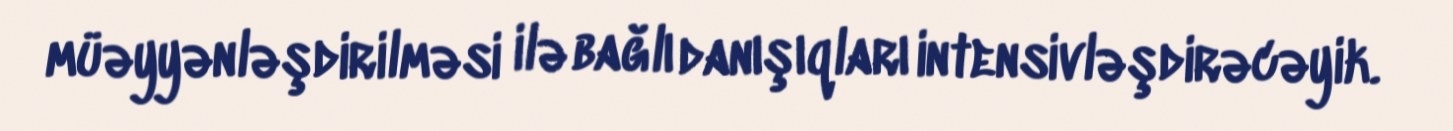
müəyyənləşdirilməsi ilə bağlı danışıqları intensivləşdirəcəyik.